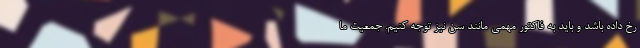
رخ داده باشد و باید به فاکتور مهمی مانند سن نیز توجه کنیم. جمعیت ما